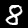
Label: 8